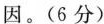
因。(6分)